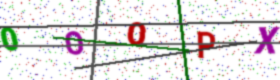
Text: 0OOPX